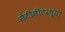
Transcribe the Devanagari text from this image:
सेंटीमीटरच्या